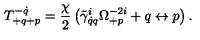
T _ { + q + p } ^ { - \dot { q } } = \frac { \chi } { 2 } \left( \tilde { \gamma } _ { \dot { q } q } ^ { i } \Omega _ { + p } ^ { - 2 i } + q \leftrightarrow p \right) .